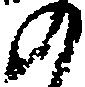
の